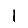
Digit: 1